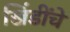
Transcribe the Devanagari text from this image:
खिंडींचे